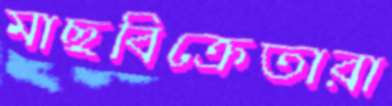
মাছবিক্রেতারা